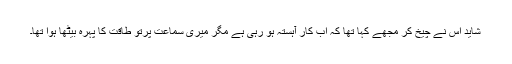
شاید اس نے چیخ کر مجھے کہا تھا کہ اب کار آہستہ ہو رہی ہے مگر میری سماعت پرتو طاقت کا پہرہ بیٹھا ہوا تھا۔